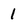
Character: 1